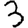
Digit: 3